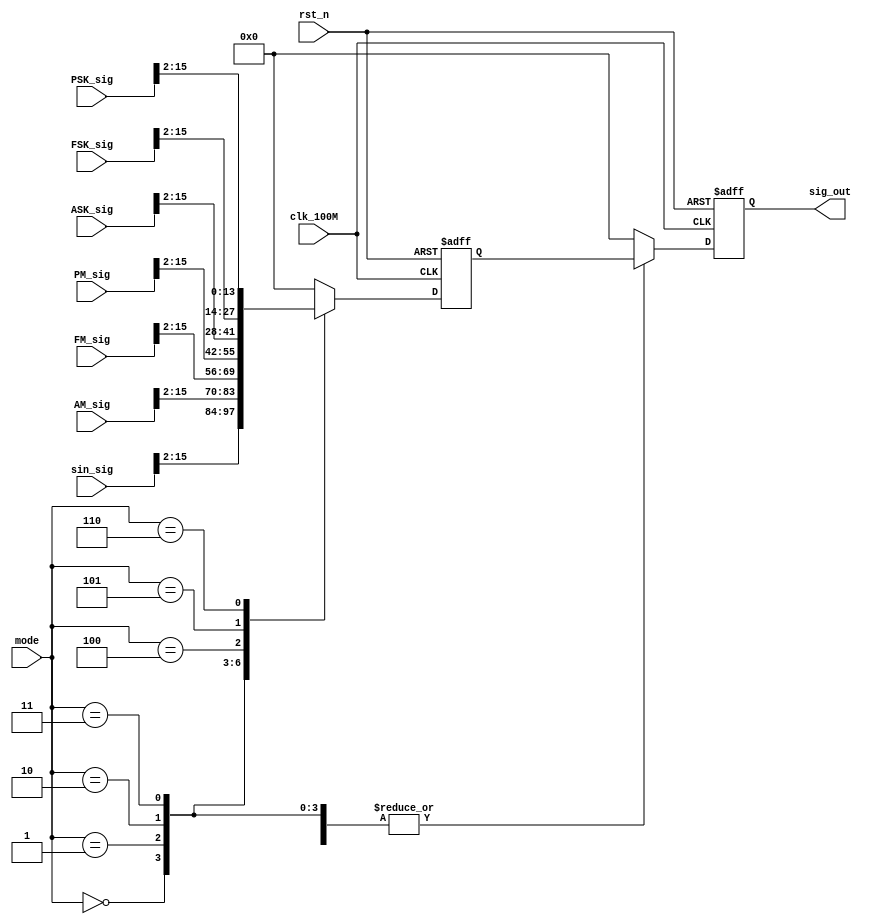
module MODE
       (
           input clk_100M,
           input rst_n,
           input[2: 0]mode,
           input[15: 0]sin_sig,
           input[15: 0]AM_sig,
           input[15: 0]FM_sig,
           input[15: 0]PM_sig,
           input[15: 0]ASK_sig,
           input[15: 0]FSK_sig,
           input[15: 0]PSK_sig,

           output reg[13: 0]sig_out
       );

reg [13:0]sig_out_reg;
always@(posedge clk_100M or negedge rst_n)
begin
    if (!rst_n)
    begin
        sig_out_reg <= 0;
    end
    else
    begin
        case (mode)
            3'b000:
                sig_out_reg <= sin_sig[15: 2];
            3'b001:
                sig_out_reg <= AM_sig[15: 2];
            3'b010:
                sig_out_reg <= FM_sig[15: 2];
            3'b011:
                sig_out_reg <= PM_sig[15: 2];
            3'b100:
                sig_out_reg <= ASK_sig[15: 2];
            3'b101:
                sig_out_reg <= FSK_sig[15: 2];
            3'b110:
                sig_out_reg <= PSK_sig[15: 2];
            default:
                sig_out_reg <= 0;
        endcase
    end
end

always@(negedge clk_100M or negedge rst_n)
begin
    if (!rst_n)
    begin
        sig_out <= 0;
    end
    else
    begin
        case (mode)
            3'b000:
                sig_out <= sig_out_reg;
            3'b001:
                sig_out <= sig_out_reg;
            3'b010:
                sig_out <= sig_out_reg;
            3'b011:
                sig_out <= sig_out_reg;
            3'b100:
                sig_out <= sig_out_reg;
            3'b101:
                sig_out <= sig_out_reg;
            3'b110:
                sig_out <= sig_out_reg;
            default:
                sig_out <= 0;
        endcase
    end
end

endmodule